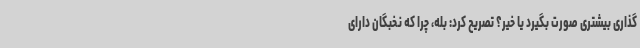
گذاری بیشتری صورت بگیرد یا خیر؟ تصریح کرد: بله، چرا که نخبگان دارای